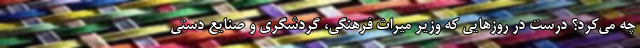
چه می‌کرد؟ درست در روزهایی که وزیر میراث فرهنگی، گردشگری و صنایع دستی